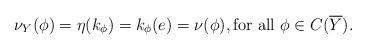
LaTeX: \begin{align*}\nu_Y(\phi) = \eta(k_\phi) = k_\phi(e) = \nu(\phi), \textrm{for all $\phi \in C(\overline{Y})$}.\end{align*}